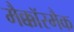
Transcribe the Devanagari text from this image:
मैक्कॉरमैक